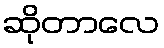
ဆိုတာလေ